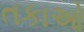
તકાઓ